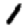
Digit: 1